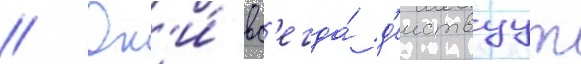
// Он'и́ вс'егда́ д'еиствуут